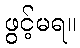
ဖွင့်မရ။